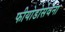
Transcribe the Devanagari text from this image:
फीयोडोसेवेना